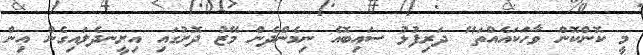
މީ ކޮންކޮން ވާހަކައެއްތަ" ދަރިފުޅު ސައިބޮއެ ނިމެންދެން މޭޒު ދޮށުގައި އިށީނދެލައިގެން އިން